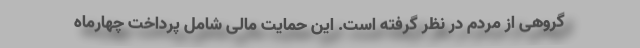
گروهی از مردم در نظر گرفته است. این حمایت مالی شامل پرداخت چهارماه